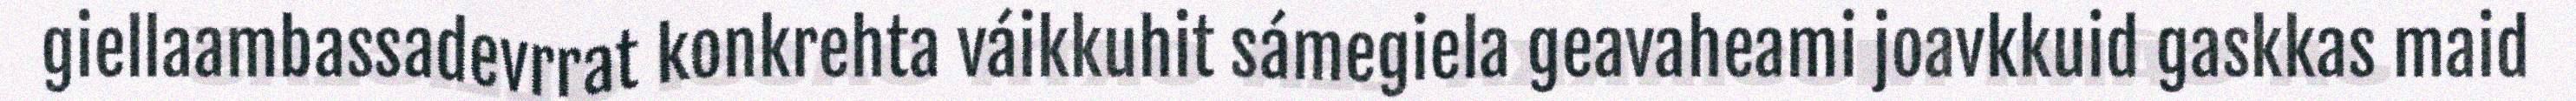
giellaambassadevrrat konkrehta váikkuhit sámegiela geavaheami joavkkuid gaskkas maid